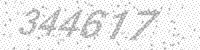
Solution: 344617